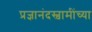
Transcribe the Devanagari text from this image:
प्रज्ञानंदस्वामींच्या